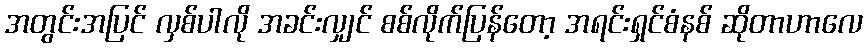
အတွင်းအပြင် လှစ်ပါလို အခင်းလျှင် စစ်လိုက်ပြန်တော့ အရင်းရှင်စံနစ် ဆိုတာဟာလေ